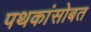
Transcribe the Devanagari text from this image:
पथकांसोबत